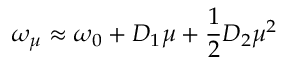
\omega _ { \mu } \approx \omega _ { 0 } + D _ { 1 } \mu + \frac { 1 } { 2 } D _ { 2 } \mu ^ { 2 }